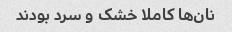
نان‌ها کاملا خشک و سرد بودند